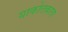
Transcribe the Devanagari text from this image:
याकोलकाता